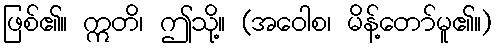
ဖြစ်၏။ ဣတိ၊ ဤသို့။ (အဝေါစ၊ မိန့်တော်မူ၏။)